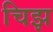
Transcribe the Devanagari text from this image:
चिझ